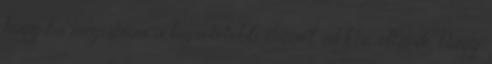
hogy ha megismeri a legsötétebb énemet, akkor eltűnik. Nagy